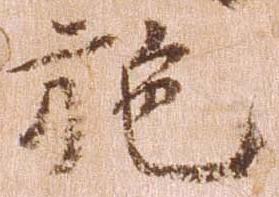
施